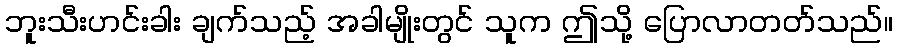
ဘူးသီးဟင်းခါး ချက်သည့် အခါမျိုးတွင် သူက ဤသို့ ပြောလာတတ်သည်။